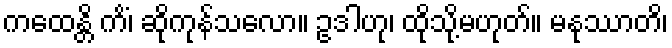
ကထေန္တိ ကိံ၊ ဆိုကုန်သလော။ ဥဒါဟု၊ ထိုသို့မဟုတ်။ မနုဿာတိ၊